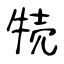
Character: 㸿